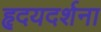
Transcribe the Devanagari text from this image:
हृदयदर्शना